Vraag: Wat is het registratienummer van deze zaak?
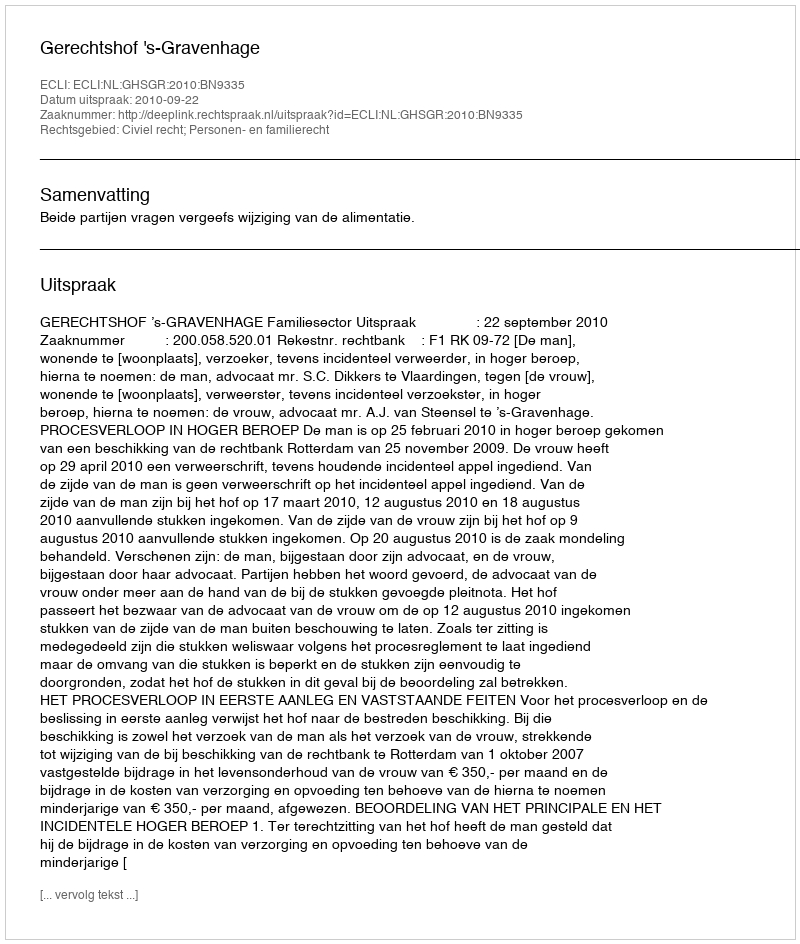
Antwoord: http://deeplink.rechtspraak.nl/uitspraak?id=ECLI:NL:GHSGR:2010:BN9335